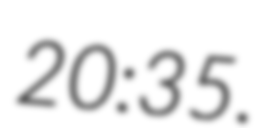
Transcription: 20:35.